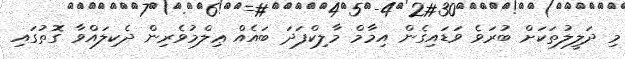
މި ދަލީލުތަކަށް ބުރަވެ ވަޑައިގެން އިމާމް މާލިކްފަދަ ބައެއް ޢިލްމުވެރިން ދެކިލައްވާ ގޮތުގައި